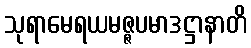
သုရာမေရယမဇ္ဇပမာဒဋ္ဌာနာတိ